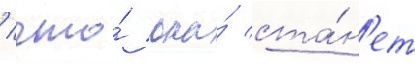
/ что́ она́ ста́н'ет